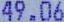
49.06